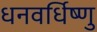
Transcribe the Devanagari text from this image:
धनवर्धिष्णु